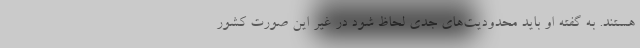
هستند. به گفته او باید محدودیت‌های جدی لحاظ شود در غیر این صورت کشور